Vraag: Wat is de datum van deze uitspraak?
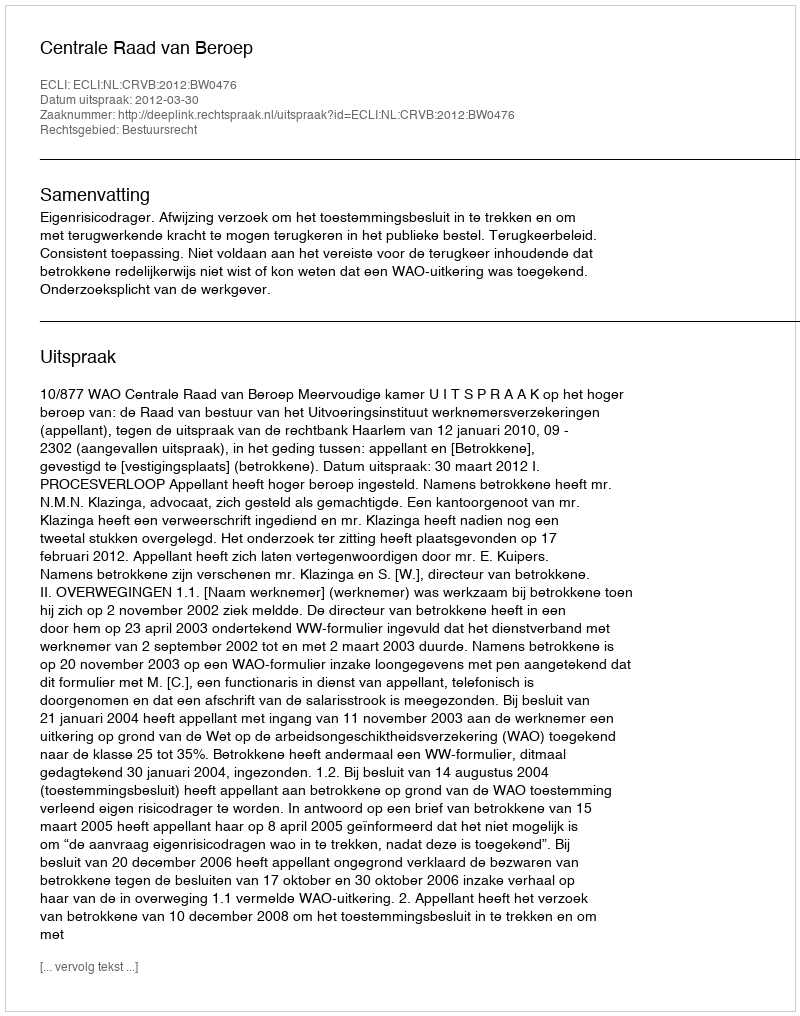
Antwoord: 2012-03-30